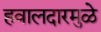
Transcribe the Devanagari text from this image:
हवालदारमुळे